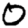
Digit: 0